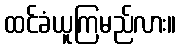
ထင်ခံယူကြမည်လား။